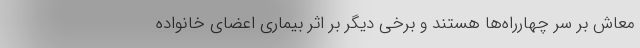
معاش بر سر چهارراه‌ها هستند و برخی دیگر بر اثر بیماری اعضای خانواده